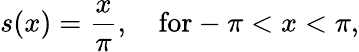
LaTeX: s(x)={\frac{x}{\pi}},\quad\mathrm{for}-\pi<x<\pi,